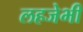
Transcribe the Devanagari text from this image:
लहजेभी